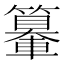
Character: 𨏉